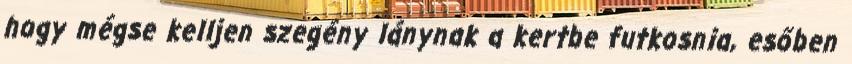
hogy mégse kelljen szegény lánynak a kertbe futkosnia, esőben